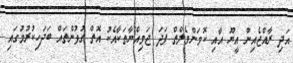
އަދި ރާއްޖެއިން އީޔޫ އާއި ކޮމަންވެލްތް ފަދަ ޖަމިއްޔާތަކާއެކު އޮތް ގުޅުންތައް ބަދަހިކުރުމުގައި